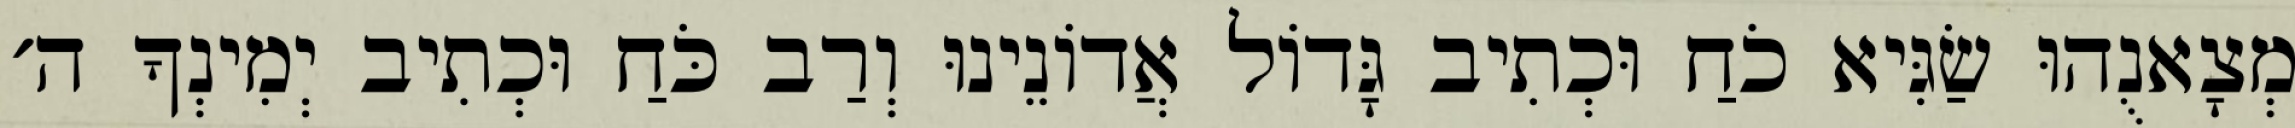
מְצָאנֻהוּ שַׂגִּיא כֹחַ וּכְתִיב גָּדוֹל אֲדוֹנֵינוּ וְרַב כֹּחַ וּכְתִיב יְמִינְךָ ה׳